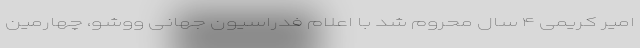
امیر کریمی ۴ سال محروم شد با اعلام فدراسیون جهانی ووشو،‌ چهارمین